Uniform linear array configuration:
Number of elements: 16
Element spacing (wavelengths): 0.5
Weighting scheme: binomial
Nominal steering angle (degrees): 45
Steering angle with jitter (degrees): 44.897
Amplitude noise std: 0.05
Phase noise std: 0.05

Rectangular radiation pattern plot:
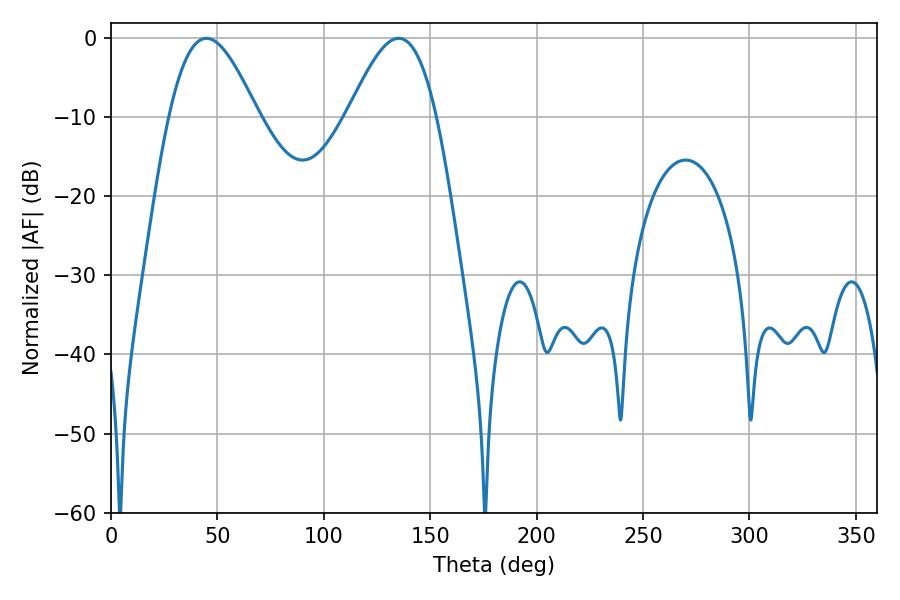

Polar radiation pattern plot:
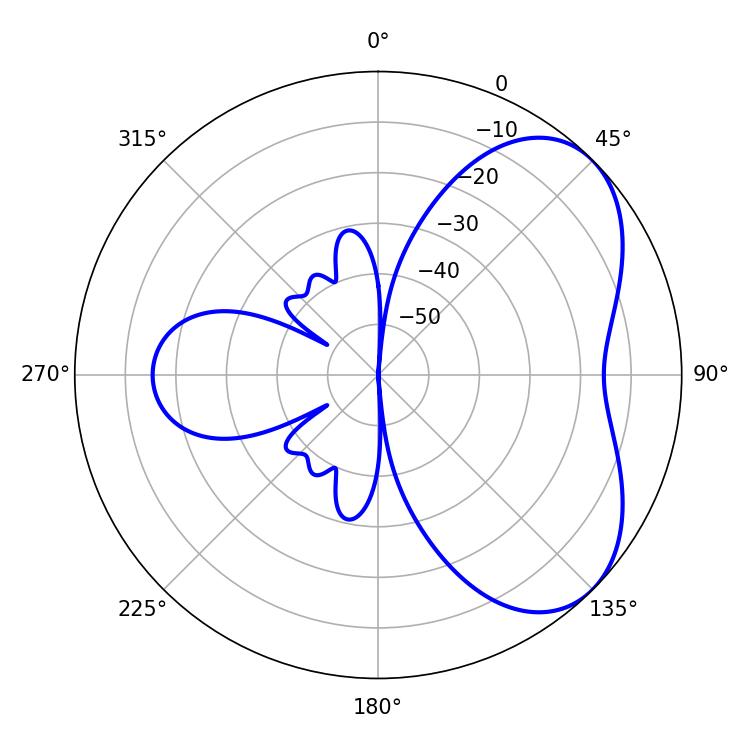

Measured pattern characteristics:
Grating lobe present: FALSE
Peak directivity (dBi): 5.074
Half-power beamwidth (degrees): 22.32
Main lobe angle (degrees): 44.82